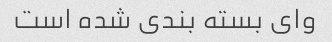
وای بسته بندی شده است